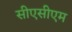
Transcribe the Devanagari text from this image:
सीएसीएम